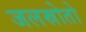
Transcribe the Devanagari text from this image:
जलस्रोतो